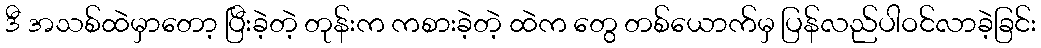
ဒီ အသစ်ထဲမှာတော့ ပြီးခဲ့တဲ့ တုန်းက ကစားခဲ့တဲ့ ထဲက တွေ တစ်ယောက်မှ ပြန်လည်ပါဝင်လာခဲ့ခြင်း